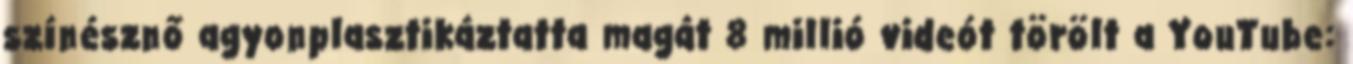
színésznő agyonplasztikáztatta magát 8 millió videót törölt a YouTube: